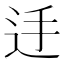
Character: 𨑲